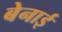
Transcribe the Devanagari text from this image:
बेनाई